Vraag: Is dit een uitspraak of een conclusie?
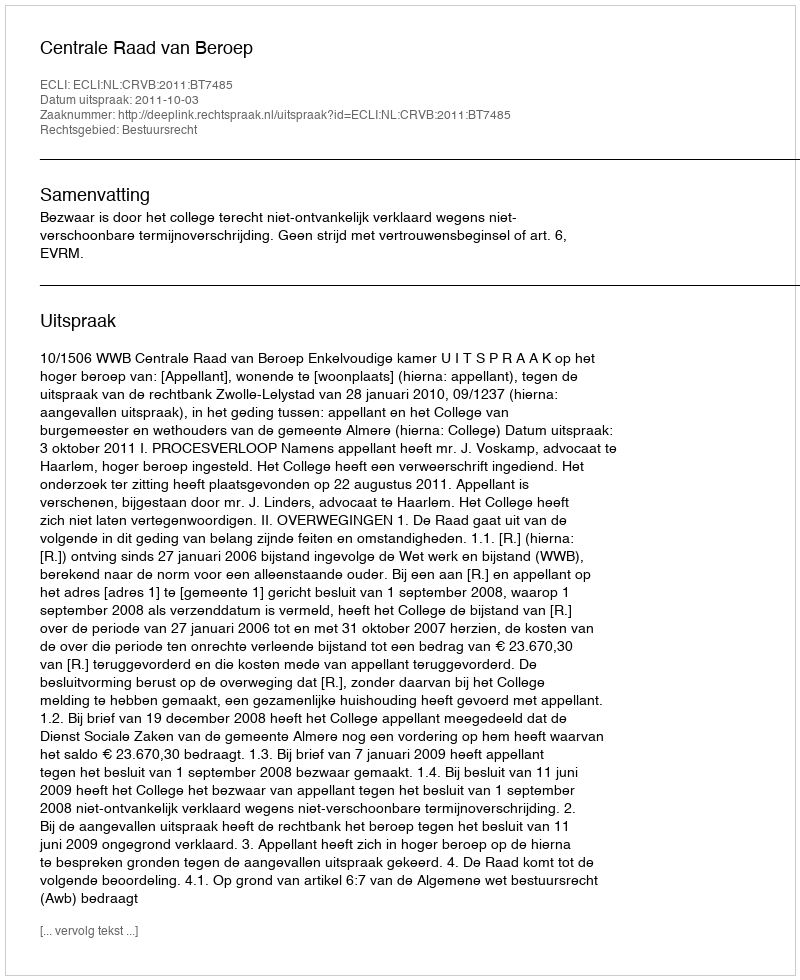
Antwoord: Uitspraak